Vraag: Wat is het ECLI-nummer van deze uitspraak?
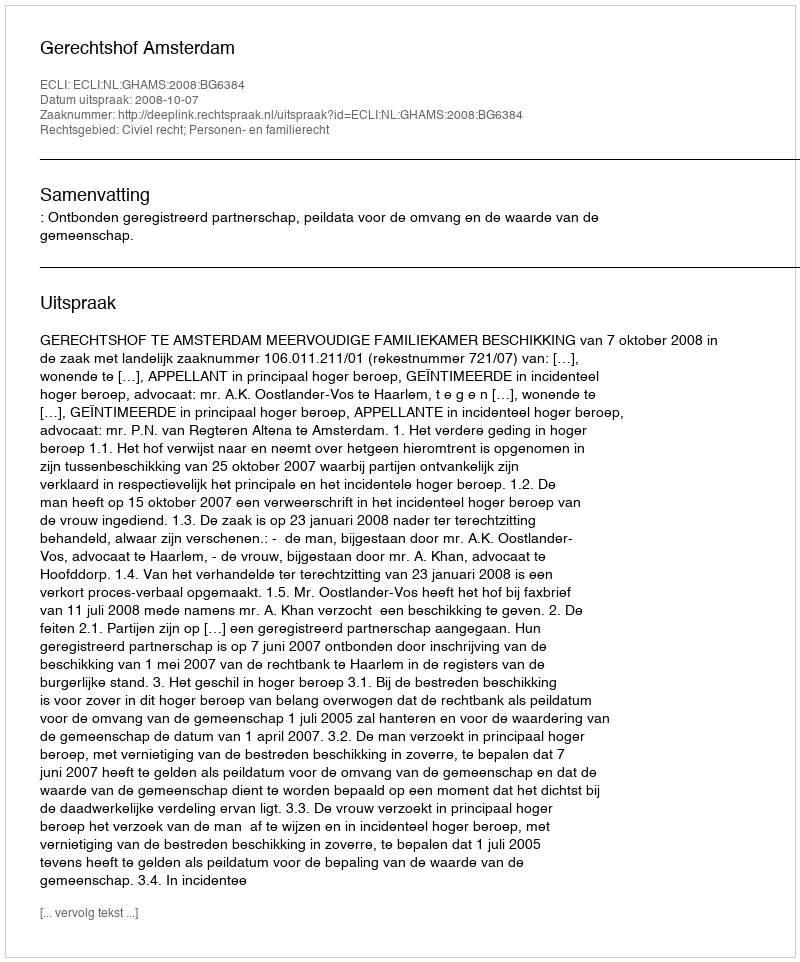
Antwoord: ECLI:NL:GHAMS:2008:BG6384